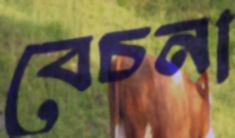
বেচনা